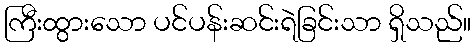
ကြီးထွားသော ပင်ပန်းဆင်းရဲခြင်းသာ ရှိသည်။